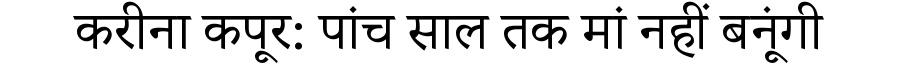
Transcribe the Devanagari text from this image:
करीना कपूर: पांच साल तक मां नहीं बनूंगी